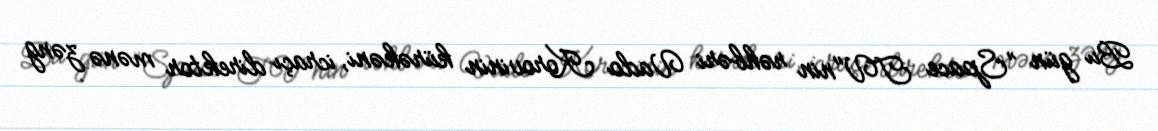
Bu gün ”Space TV"nin rəhbəri Vado Korovinin kürəkəni, icraçı direktor mənə zəng